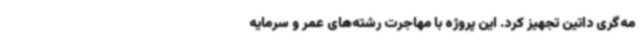
مه‌گری داتین تجهیز کرد. این پروژه با مهاجرت رشته‌های عمر و سرمایه